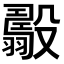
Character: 𣫟